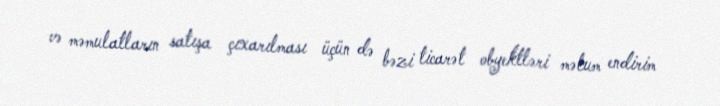
və məmulatların satışa çıxarılması üçün də bəzi ticarət obyektləri məlum endirim